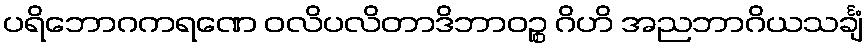
ပရိဘောဂကရဏေ ဝလိပလိတာဒိဘာဝဉ္စ ဂိဟိ အညဘာဂိယသင်္ချံ